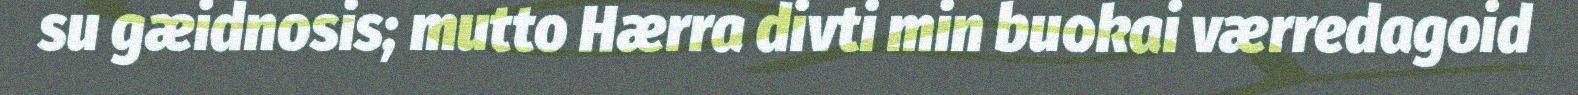
su gæidnosis; mutto Hærra divti min buokai værredagoid